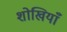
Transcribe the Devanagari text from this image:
शोखियाँ